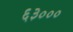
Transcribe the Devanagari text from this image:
६३०००